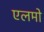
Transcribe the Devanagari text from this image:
एलमो